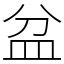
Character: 盆